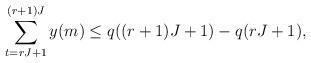
LaTeX: \begin{align*}\sum_{t=rJ+1}^{(r+1)J} y(m) \leq q((r+1)J+1)-q(rJ+1) ,\end{align*}